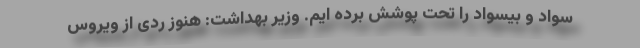
سواد و بیسواد را تحت پوشش برده ایم. وزیر بهداشت: هنوز ردی از ویروس